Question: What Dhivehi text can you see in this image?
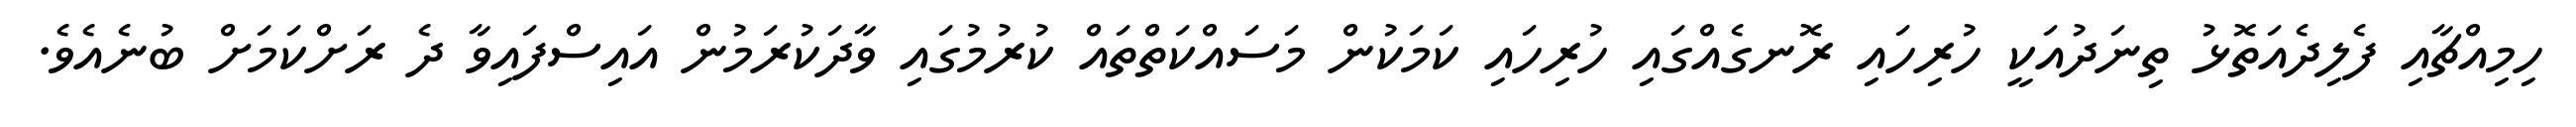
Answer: ހިމިއްޗާއި ފެލިދެއަތޮޅު ތިނަދުއަކީ ހުރިހައި ރޮނގެއްގައި ހުރިހައި ކަމަކުން މަސައްކަތްތައް ކުރުމުގައި ވާދަކުރަމުން އައިސްފައިވާ ދެ ރަށްކަމަށް ބުނެއެވެ.